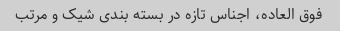
فوق العاده، اجناس تازه در بسته بندى شیک و مرتب